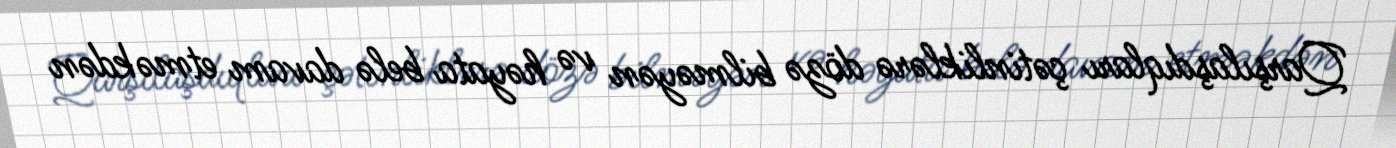
Qarşılaşdıqları çətinliklərə dözə bilməyən və həyata belə davam etməkdən